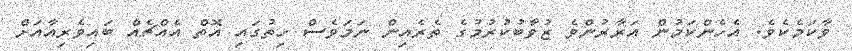
ވާކަމެކެވެ. އެހެންކަމުން އަރާރުންވެ ޒުވާބުކުރުމުގެ ތެރެއިން ނަމަވެސް ހިތުގައި އޮތް އެއްޗެއް ބައިވެރިއާއަށް